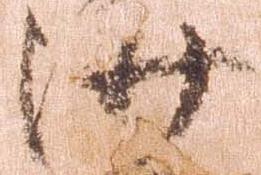
沙